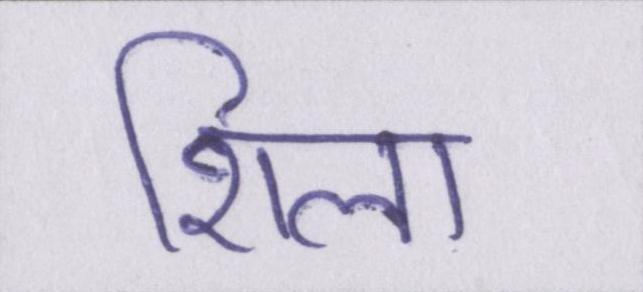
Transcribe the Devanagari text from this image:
शिला